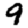
Digit: 9